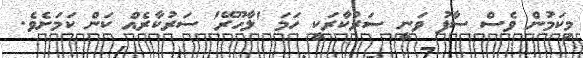
މިކަމުން ވެސް ސާފު ވަނީ ސަރުކާރަކީ ހަމަ 'ލާހޫރޭ' ސަރުކާރެއް ކަން ކަމަށެވެ.